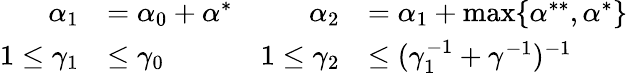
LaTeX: \begin{array}{rlrl}{\alpha_{1}}&{=\alpha_{0}+\alpha^{*}}&{\alpha_{2}}&{=\alpha_{1}+\operatorname*{max}\{ \alpha^{**},\alpha^{*}\} }\\ {1\leq\gamma_{1}}&{\leq\gamma_{0}}&{1\leq\gamma_{2}}&{\leq(\gamma_{1}^{-1}+\gamma^{-1})^{-1}}\end{array}